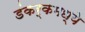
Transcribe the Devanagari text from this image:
डंकर्कमध्ये